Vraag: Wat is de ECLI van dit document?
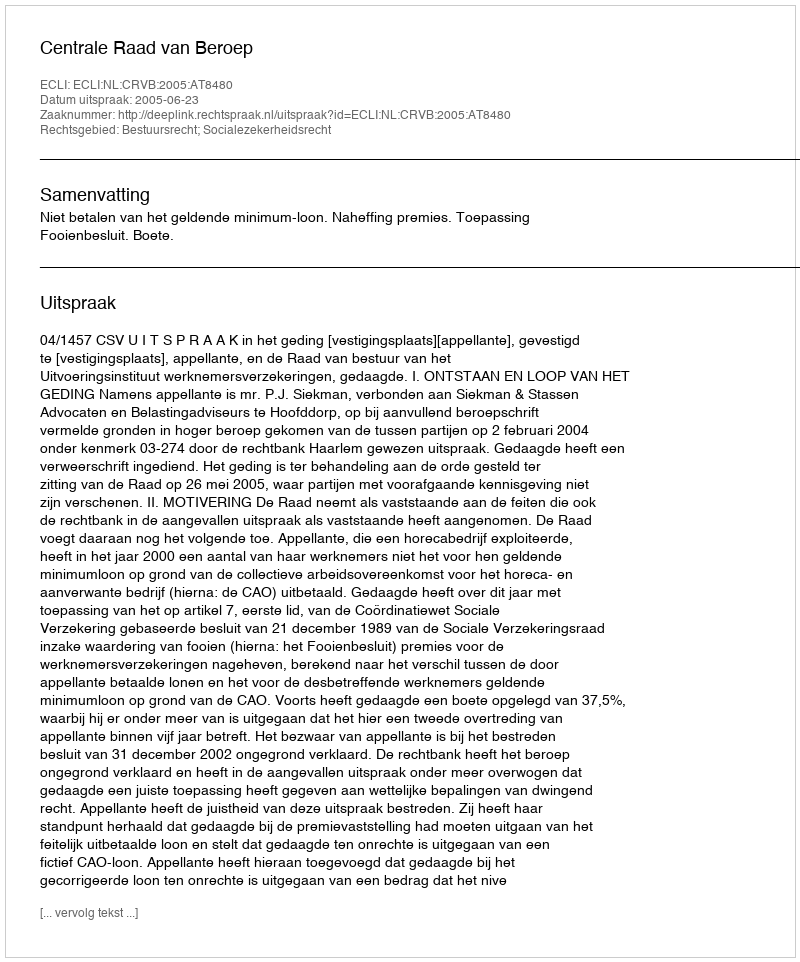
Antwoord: ECLI:NL:CRVB:2005:AT8480